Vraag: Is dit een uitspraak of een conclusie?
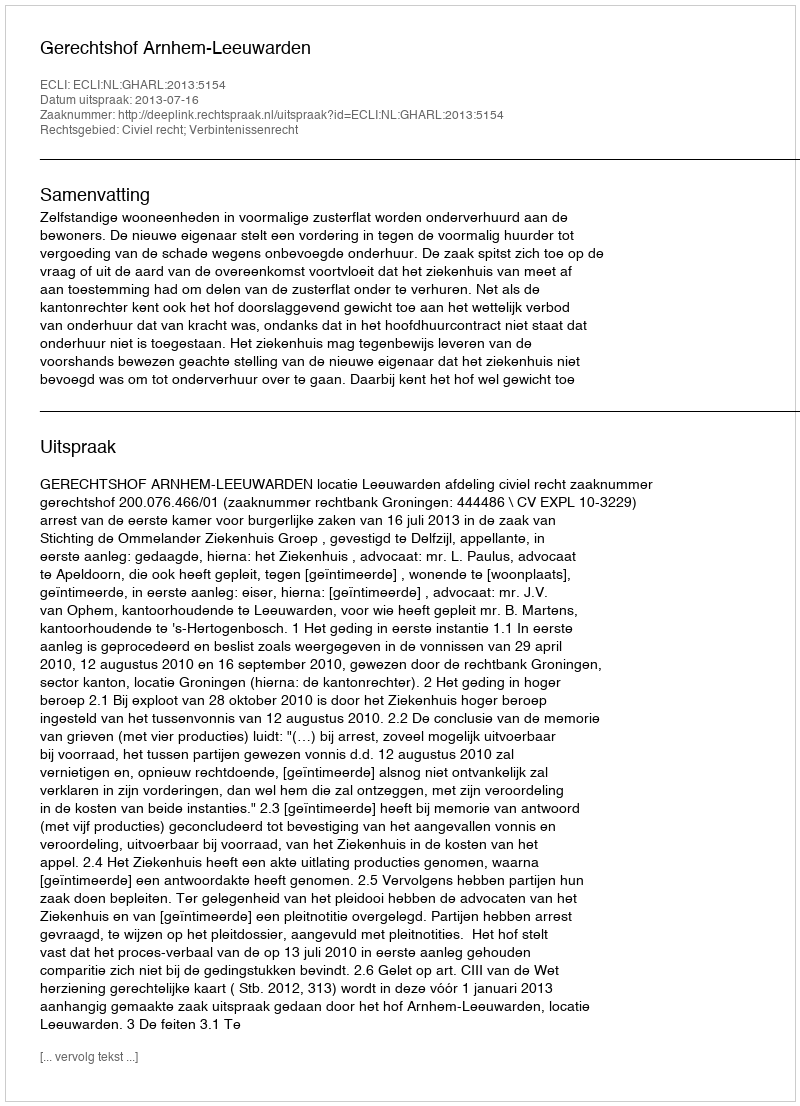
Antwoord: Uitspraak